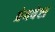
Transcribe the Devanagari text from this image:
प्रेमचेष्टा